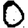
Digit: 0